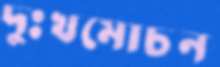
দুঃখমোচন